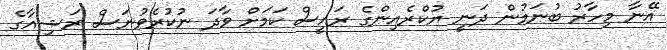
އޭނާ މިހާރު ބުނަމުން ދަނީ ޔުކްރެއިންގެ ރައީސް ކަމަށް ވާދަ ނުކުރެވުނަސް ރަޝިއާގެ